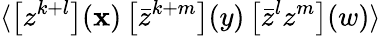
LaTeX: \langle\left[z^{k+l}\right](\mathbf{x})\left[\bar{{z}}^{k+m}\right](y)\left[\bar{{z}}^{l}z^{m}\right](w)\rangle